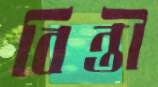
বিন্তী